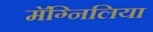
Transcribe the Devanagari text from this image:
मॅग्निलिया